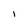
Character: I